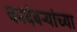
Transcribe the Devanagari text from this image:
कादंबऱ्यांच्या